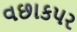
વછાકપર